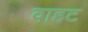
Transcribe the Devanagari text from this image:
वाहट